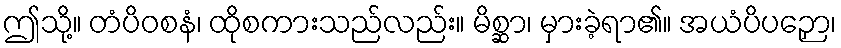
ဤသို့။ တံပိဝစနံ၊ ထိုစကားသည်လည်း။ မိစ္ဆာ၊ မှားခဲ့ရာ၏။ အယံပိပဉှော၊